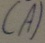
Text: (A)